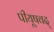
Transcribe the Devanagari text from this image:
पीयूषवद्